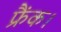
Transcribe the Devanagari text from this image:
फ्रैंक।